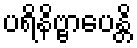
ပရိနိဗ္ဗာပေန္တိ